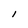
Character: I